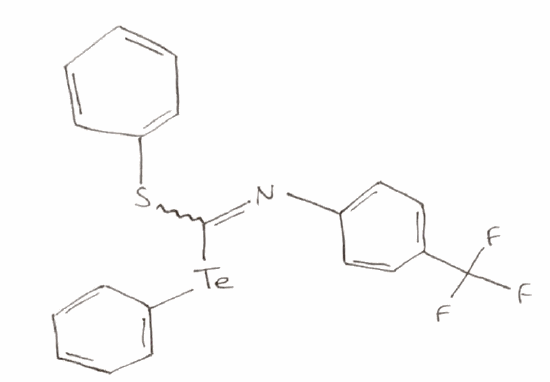
Simplified molecular-input line-entry system (SMILES) notation of the given molecule:
C1=CC=C(C=C1)SC(=NC2=CC=C(C=C2)C(F)(F)F)[Te]C3=CC=CC=C3